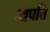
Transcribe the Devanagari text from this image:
व्यपत्ति